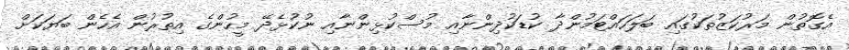
އެގޮތުން މަރުކަޒުތަކުގައި ބަލަހައްޓަމުންދާ ކުޑަކުދިންނާއި މުސްކުޅިންނާއި ނުކުޅެދޭ މީހުންގެ އިތުރުން އެހެން ބަޔަކަށް